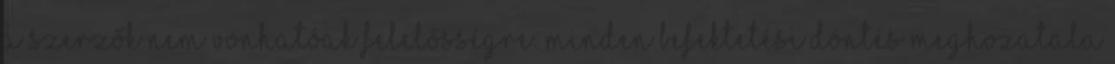
a szerzők nem vonhatóak felelősségre. Minden befektetési döntés meghozatala